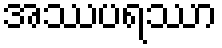
အဿပရဿာ